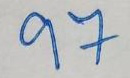
97